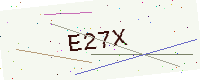
Text: E27X